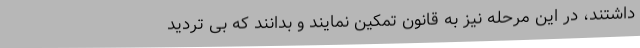
داشتند، در این مرحله نیز به قانون تمکین نمایند و بدانند که بی تردید